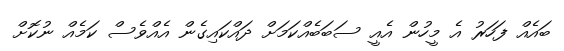
ބައެއް ފަހަރު އެ މީހުން އެއީ ސަބަބެއްކަމަށް ދައްކައިގެން އެއްވެސް ކަމެއް ނުކޮށް